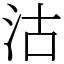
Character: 沽